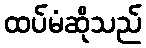
ထပ်မံဆိုသည်